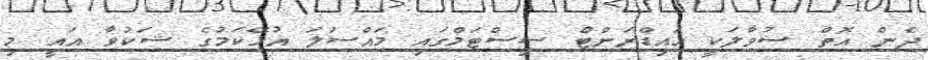
ދެން އޮތް ސުވާލަކީ ހައިޑްރަންޓް ސިސްޓަމްގައި މައްސަލަ އުޅޭކަމުގެ ޝަކުވާ އައީ މި